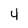
Character: 4